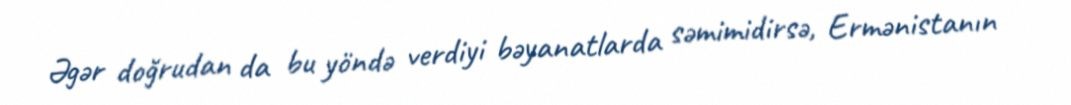
Əgər doğrudan da bu yöndə verdiyi bəyanatlarda səmimidirsə, Ermənistanın